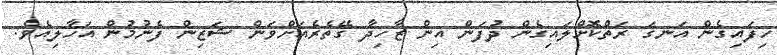
ހިފައިގެން އަނގަ ރަތްކޮށްލައިގެން ދުފަން އިން ޒާހިދާ ގޭތެރެއަށްވަން ޝަޒިން ފެނުމުން އަހާލިއެވެ.